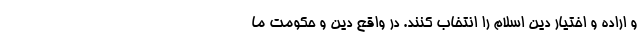
و اراده و اختیار دین اسلام را انتخاب کنند. در واقع دین و حکومت ما